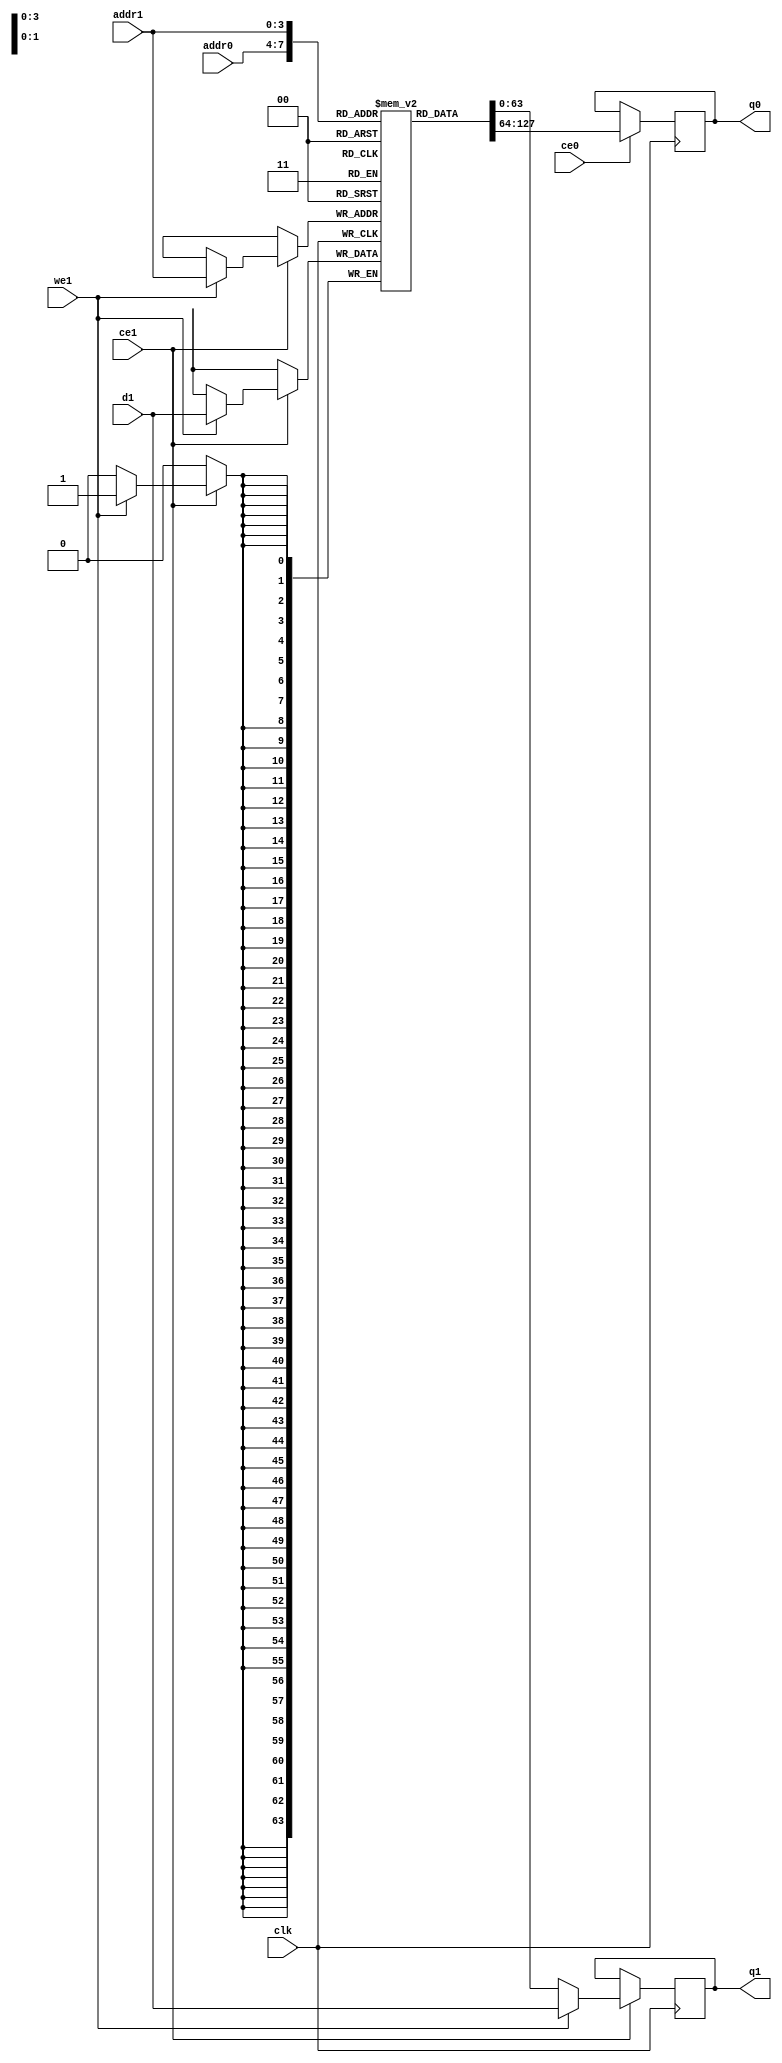
// ==============================================================
// File generated by Vivado(TM) HLS - High-Level Synthesis from C, C++ and SystemC
// Version: 2018.1
// Copyright (C) 1986-2018 Xilinx, Inc. All Rights Reserved.
// 
// ==============================================================

`timescale 1 ns / 1 ps
module dataflow_in_loop_bDo_memcore_ram (addr0, ce0, q0, addr1, ce1, d1, we1, q1,  clk);

parameter DWIDTH = 64;
parameter AWIDTH = 4;
parameter MEM_SIZE = 15;

input[AWIDTH-1:0] addr0;
input ce0;
output reg[DWIDTH-1:0] q0;
input[AWIDTH-1:0] addr1;
input ce1;
input[DWIDTH-1:0] d1;
input we1;
output reg[DWIDTH-1:0] q1;
input clk;

(* ram_style = "distributed" *)reg [DWIDTH-1:0] ram[0:MEM_SIZE-1];




always @(posedge clk)  
begin 
    if (ce0) 
    begin
            q0 <= ram[addr0];
    end
end


always @(posedge clk)  
begin 
    if (ce1) 
    begin
        if (we1) 
        begin 
            ram[addr1] <= d1; 
            q1 <= d1;
        end 
        else 
            q1 <= ram[addr1];
    end
end


endmodule


`timescale 1 ns / 1 ps
module dataflow_in_loop_bDo_memcore(
    reset,
    clk,
    address0,
    ce0,
    q0,
    address1,
    ce1,
    we1,
    d1,
    q1);

parameter DataWidth = 32'd64;
parameter AddressRange = 32'd15;
parameter AddressWidth = 32'd4;
input reset;
input clk;
input[AddressWidth - 1:0] address0;
input ce0;
output[DataWidth - 1:0] q0;
input[AddressWidth - 1:0] address1;
input ce1;
input we1;
input[DataWidth - 1:0] d1;
output[DataWidth - 1:0] q1;



dataflow_in_loop_bDo_memcore_ram dataflow_in_loop_bDo_memcore_ram_U(
    .clk( clk ),
    .addr0( address0 ),
    .ce0( ce0 ),
    .q0( q0 ),
    .addr1( address1 ),
    .ce1( ce1 ),
    .d1( d1 ),
    .we1( we1 ),
    .q1( q1 ));

endmodule